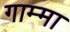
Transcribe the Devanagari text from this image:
गाम्मा